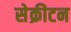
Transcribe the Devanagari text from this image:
सेक्रीटन